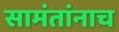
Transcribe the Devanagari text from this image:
सामंतांनाच